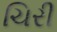
ચિરી